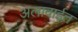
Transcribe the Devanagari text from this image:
अलावाईत